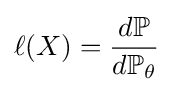
\ell (X)={\frac {d\mathbb {P} }{d\mathbb {P} _{\theta }}}